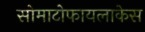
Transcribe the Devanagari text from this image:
सोमाटोफायलाकेस